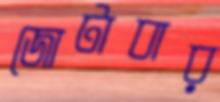
জোটাবার